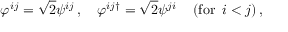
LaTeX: \varphi ^ { i j } = \sqrt { 2 } \psi ^ { i j } \, , \quad \varphi ^ { i j \dagger } = \sqrt { 2 } \psi ^ { j i } \, \quad \mathrm { ( f o r } \, \, \, i < j \mathrm { ) } \, ,